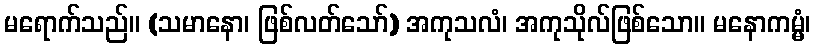
မရောက်သည်။ (သမာနော၊ ဖြစ်လတ်သော်) အကုသလံ၊ အကုသိုလ်ဖြစ်သော။ မနောကမ္မံ၊